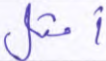
أمثل